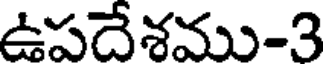
ఉపదేశము-3